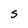
Character: S